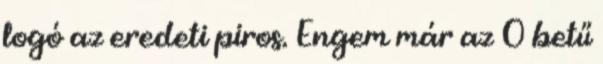
logó az eredeti piros. Engem már az O betű